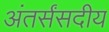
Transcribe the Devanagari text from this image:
अंतर्संसदीय